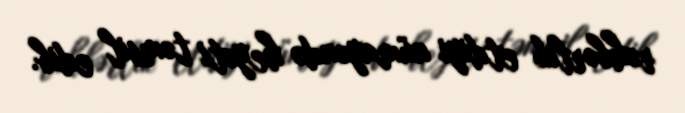
rəhbərlik etdiyi nümayəndə heyəti təmsil edib.